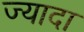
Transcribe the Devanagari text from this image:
ज्यादा